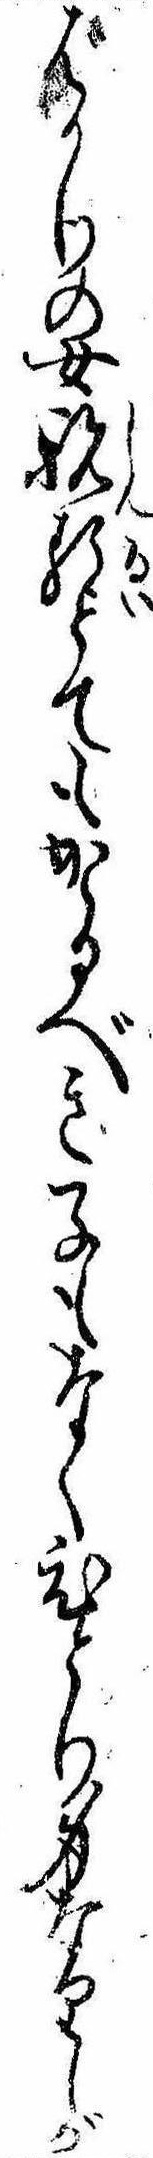
ばかりの女親類とてもかゝるべき子もなくひとり身なりしが